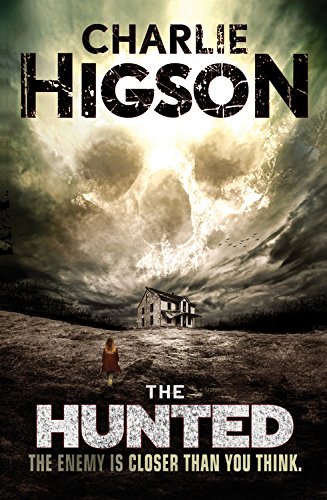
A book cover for The Hunted (An Enemy Novel); Charlie Higson; Teen & Young Adult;